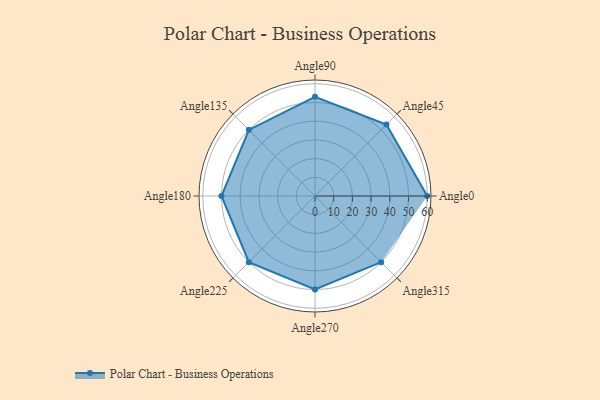
{"axis": {"x": "Angle", "y": "Radius"}, "legend": [""], "data": [{"x": "Angle0", "y": 60.0, "type": ""}, {"x": "Angle45", "y": 54.0, "type": ""}, {"x": "Angle90", "y": 53.0, "type": ""}, {"x": "Angle135", "y": 50, "type": ""}, {"x": "Angle180", "y": 50, "type": ""}, {"x": "Angle225", "y": 50, "type": ""}, {"x": "Angle270", "y": 50, "type": ""}, {"x": "Angle315", "y": 50, "type": ""}]}